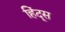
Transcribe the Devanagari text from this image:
हिंदूस